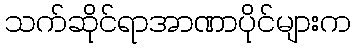
သက်ဆိုင်ရာအာဏာပိုင်များက